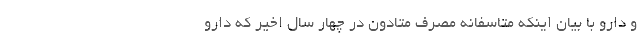
و دارو با بیان اینکه متاسفانه مصرف متادون در چهار سال اخیر که دارو